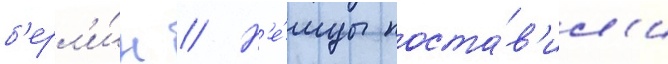
б'ерл'и́н // Н'е́мцы поста́в'ил'и